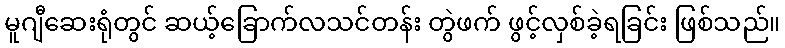
မူဂျီဆေးရုံတွင် ဆယ့်ခြောက်လသင်တန်း တွဲဖက် ဖွင့်လှစ်ခဲ့ရခြင်း ဖြစ်သည်။